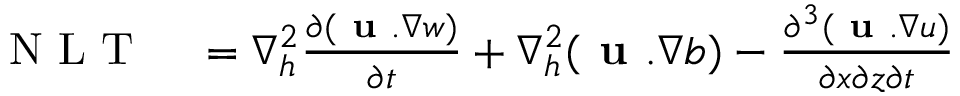
\begin{array} { r l } { \textnormal { N L T } } & { { } = \nabla _ { h } ^ { 2 } \frac { \partial ( \textbf { u } . \nabla w ) } { \partial t } + \nabla _ { h } ^ { 2 } ( \textbf { u } . \nabla b ) - \frac { \partial ^ { 3 } ( \textbf { u } . \nabla u ) } { \partial x \partial z \partial t } } \end{array}